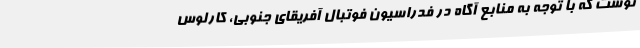
نوشت که با توجه به منابع آگاه در فدراسیون فوتبال آفریقای جنوبی، کارلوس